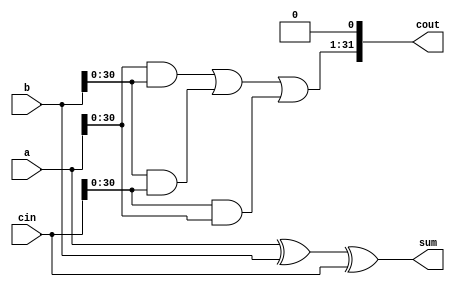
module carry_save_adder(
	input [31:0]a, b, cin,
	output [31:0]sum, cout);

	assign sum = a ^ b ^ cin;
	assign cout[0] = 1'b0;
	assign cout[31:1] = (a & b) | (b & cin) | (cin & a);
endmodule

module wallace_multiplier(
	input [15:0] A,B,
	output [31:0] Prod
);
	reg [31 : 0] pProd [15:0];

	integer i;

	always @ (*)
	begin
		for(i = 0; i < 16; i = i +1)	
		begin
			if(A[i] == 1)
				pProd[i] = B << i;
			else
				pProd[i] = 32'h00000000;
		end
	end
		// level = 7
		genvar j;
		wire [31:0]L7pProd [10:0];
		generate
			for (j = 0; j < 5; j = j + 1)
				begin : lev7
					carry_save_adder l7 (pProd[3*j],pProd[3*j+1],pProd[3*j+2],L7pProd[2*j],L7pProd[2*j+1]);
				end
		endgenerate
		assign L7pProd[10] = pProd[15];

		// level = 6
		genvar k;
		wire [31:0] L6pProd [7:0];
		generate
			for (k = 0; k < 3; k = k + 1)
				begin : lev6
					carry_save_adder l6 (L7pProd[3*k],L7pProd[3*k+1],L7pProd[3*k+2],L6pProd[2*k],L6pProd[2*k+1]);
				end
		endgenerate
		assign L6pProd[6] = L7pProd[9];
		assign L6pProd[7] = L7pProd[10];

		// level = 5
		genvar l;
		wire [31:0] L5pProd [5:0];
		generate
			for (l = 0; l < 2; l = l + 1)
				begin : lev5
					carry_save_adder l5 (L6pProd[3*l],L6pProd[3*l+1],L6pProd[3*l+2],L5pProd[2*l],L5pProd[2*l+1]);
				end
		endgenerate
		assign L5pProd[4] = L6pProd[6];
		assign L5pProd[5] = L6pProd[7];

		// level = 4
		genvar m;
		wire [31:0] L4pProd [3:0];
		generate
			for (m = 0; m < 2; m = m + 1)
				begin : lev4
					carry_save_adder l4 (L5pProd[3*m],L5pProd[3*m+1],L5pProd[3*m+2],L4pProd[2*m],L4pProd[2*m+1]);
				end
		endgenerate

		// level = 3
		wire [31:0] L3pProd [2:0];
		carry_save_adder fal3 (L4pProd[0],L4pProd[1],L4pProd[2],L3pProd[0],L3pProd[1]);
		assign L3pProd[2] = L4pProd[3];

		// level =2
		wire [31:0] L2pProd [1:0];
		carry_save_adder fal2 (L3pProd[0],L3pProd[1],L3pProd[2],L2pProd[0],L2pProd[1]);

		// level = 1
		wire ignore_carry;
		n_bit_full_adder #(32) nbifa (L2pProd[0],L2pProd[1],Prod,ignore_carry);

		//assign Prod = L2pProd[0] + L2pProd[1];

endmodule




module full_adder(
	input a,b,cin,
	output sum,cout
);
	assign {cout,sum} = a + b + cin;
endmodule

module half_adder(
	input a,b,
	output sum,cout
);
	assign {cout,sum} = a + b;
endmodule

module n_bit_full_adder #(parameter WIDTH = 16)(
	input [WIDTH - 1 : 0] A,B,
	output wire [WIDTH - 1 : 0] SUM,
	output COUT
);
	wire [WIDTH -1 : 0] SUM_REG;
	wire [WIDTH : 1]cout;
	//integer i;
	
	half_adder HA (A[0],B[0],SUM_REG[0],cout[1]);
	genvar i;
	generate
		
		for (i = 1; i < WIDTH; i = i + 1) 
		begin : full_add
			full_adder FA (A[i],B[i],cout[i],SUM_REG[i],cout[i+1]);
		end
	endgenerate

	assign COUT = cout[WIDTH];
	assign SUM  = SUM_REG;

endmodule

	/*
		if i = 4
		
			dj+1 = (3/2)dj

				. . . .
				. . . .
		=========================
			0 0 0 0 . . . .
			0 0 0 . . . . 0
			0 0 . . . . 0 0
		-------------------------
			0 . . . . 0 0 0
		=========================
			    . . . . . .
			    . . . .
			  . . . .
		=========================
			  . . . . . . .
		+	  . . . .
		=========================
		
		16
		11
		8
		6
		4
		3
		2
*/